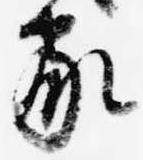
家